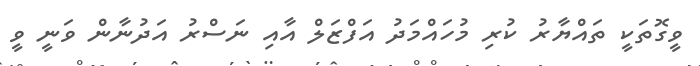
ވީގޮތަކީ ތައްޔާރު ކުރި މުހައްމަދު އަފްޒަލް އާއި ނަސްރު އަދުނާން ވަނީ ވީ